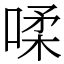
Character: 㖻